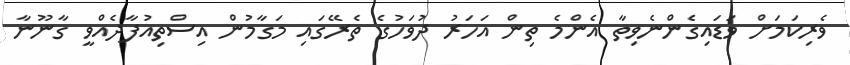
ވެރިކަމަށް ވަޑައިގެންނެވިތާ އެންމެ ތިން އަހަރު ދުވަހުގެ ތެރޭގައި މަގާމުން އިސްތިއުފާދެއްވީ ގާނޫނާ